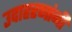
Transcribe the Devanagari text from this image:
उदाहरणांनी